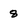
Character: 8